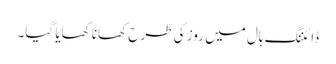
ڈائننگ ہال میں روز کی طرح کھانا کھایا گیا۔